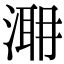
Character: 𣹼